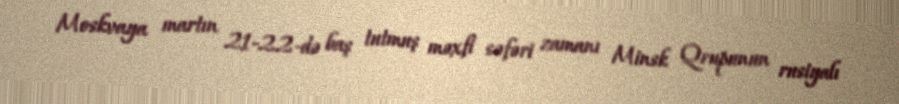
Moskvaya martın 21-22-də baş tutmuş məxfi səfəri zamanı Minsk Qrupunun rusiyalı